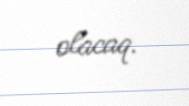
olacaq.